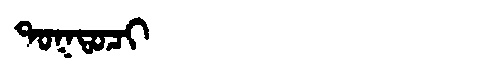
Manchu: ᡨᠣᡴᡨᠣᠴᡳ
Romanization: TOKTOCI